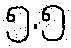
၅.၅